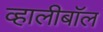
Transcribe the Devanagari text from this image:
व्हालीबॉल